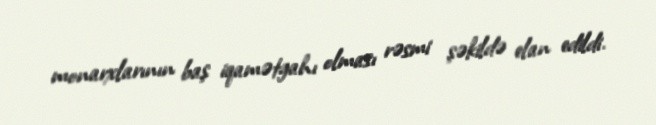
monarxlarının baş iqamətgahı olması rəsmi şəkildə elan edildi.